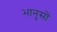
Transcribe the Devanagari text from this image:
भानुसों